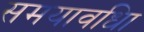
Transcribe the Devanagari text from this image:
समयावधिा